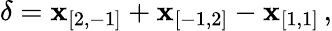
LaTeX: {\mathbf\delta}={\mathbf x_{[2,-1]}}+{\mathbf x_{[-1,2]}}-{\mathbf x_{[1,1]}}\, ,